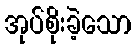
အုပ်စိုးခဲ့သော